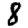
Digit: 8